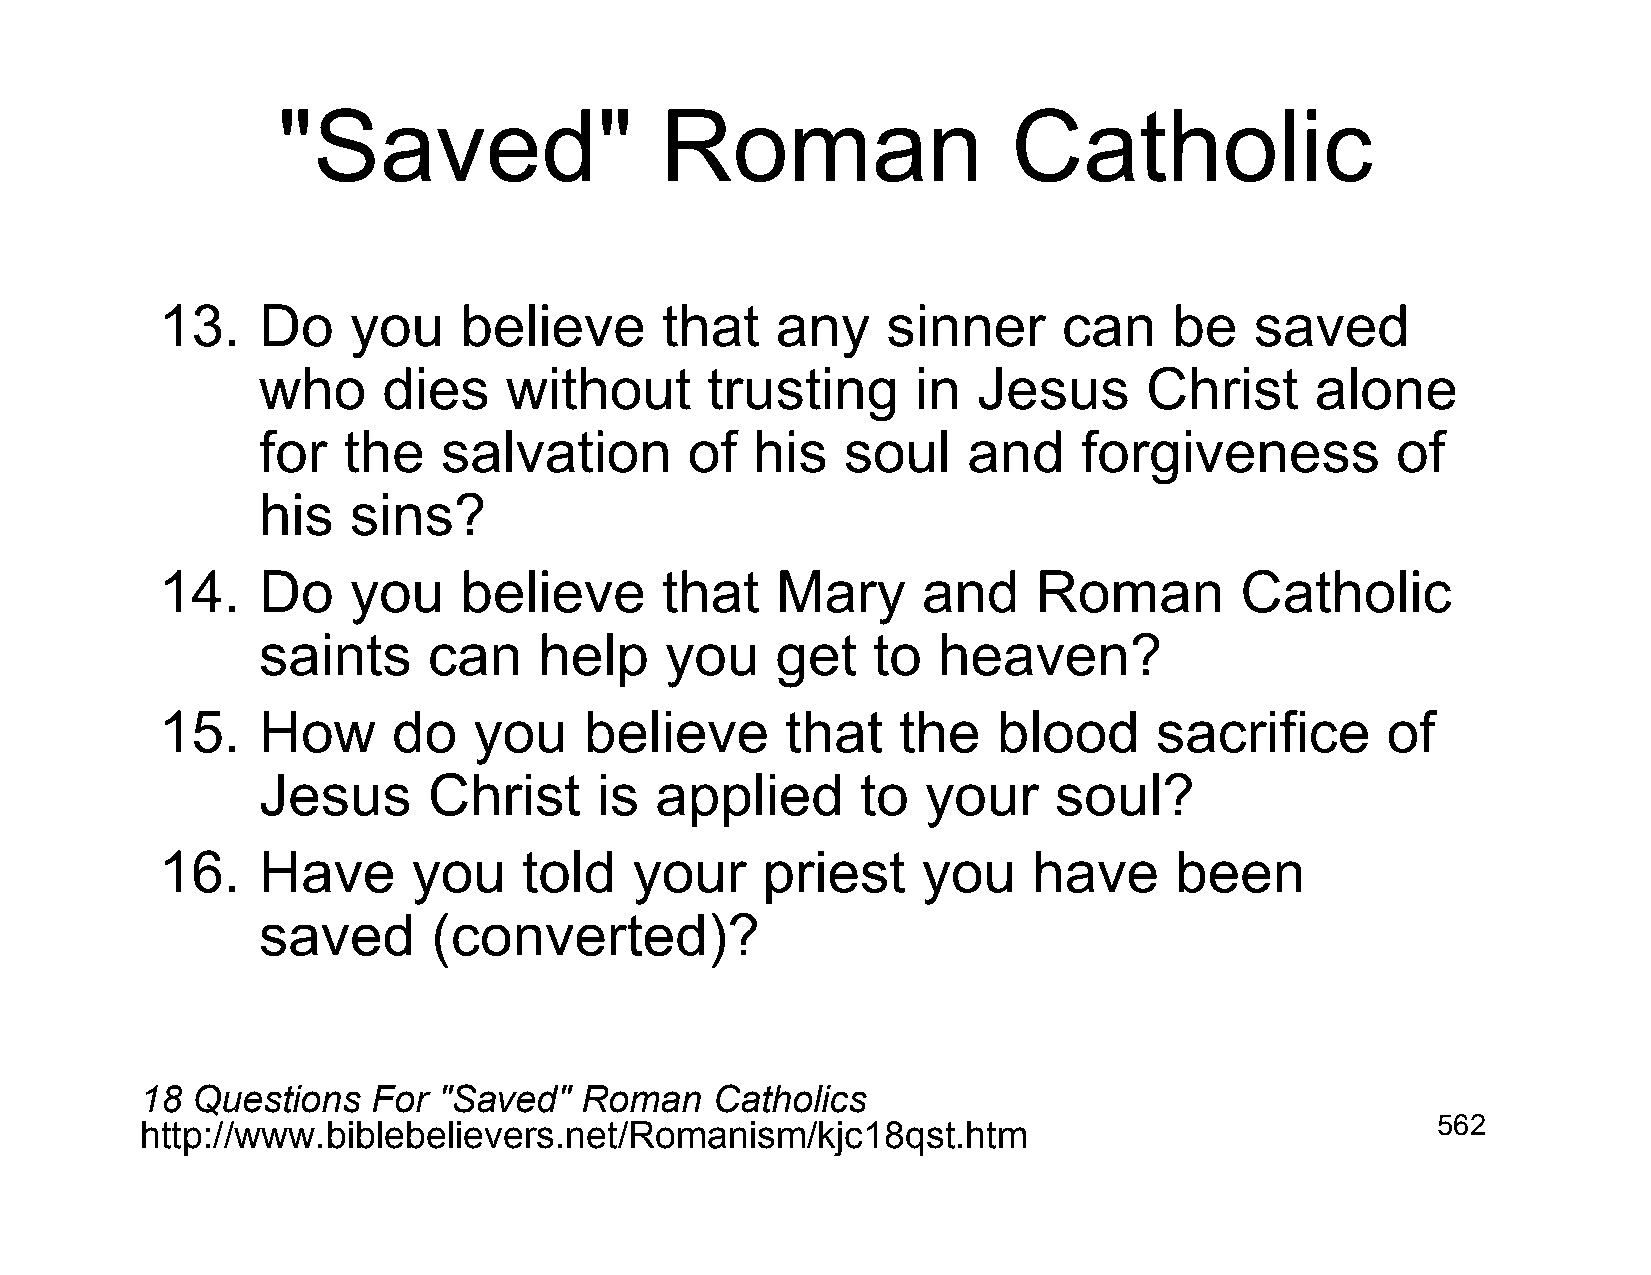
"Saved"                   Roman                  Catholic
 13.   Do    you    believe       that   any     sinner     can     be   saved
 who     dies    without       trusting      in  Jesus      Christ     alone
 for   the   salvation        of  his   soul    and     forgiveness         of
 his   sins?
 14.   Do    you    believe       that   Mary      and     Roman        Catholic
 saints     can     help    you    get    to  heaven?
 15.   How      do   you     believe      that   the    blood     sacrifice       of
 Jesus      Christ     is  applied       to  your     soul?
 16.   Have      you     told   your    priest     you    have      been
 saved       (converted)?
 18  Questions   For "Saved"  Roman    Catholics
 http://www.biblebelievers.net/Romanism/kjc18qst.htm                                   562